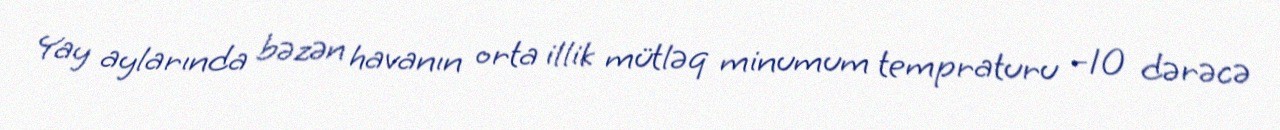
Yay aylarında bəzən havanın orta illik mütləq minumum tempraturu −10 dərəcə